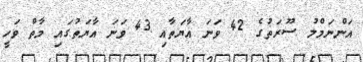
އަންނަމްލު ސޫރަތުގެ 42 ވަނަ އާޔަތާއި 43 ވަނަ އާޔަތުގައި މާތް ވަހީ